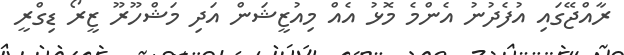
ރާއްޖޭގައި އުފެދުނު އެންމެ މޮޅު އެއް މިއުޒީޝަން އަދި މަޝްހޫރޫ ޒީރޯ ޑިގްރީ